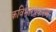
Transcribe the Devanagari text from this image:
कविभारप्रकरण